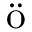
\ddot { \mathrm { ~ o ~ } }